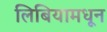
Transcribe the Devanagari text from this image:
लिबियामधून